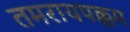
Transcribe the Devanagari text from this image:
तमरायपक्कम